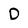
Character: D